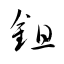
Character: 鉏